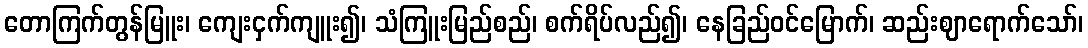
တောကြက်တွန်မြူး၊ ကျေးငှက်ကျူး၍၊ သံကြူးမြည်စည်၊ စက်ရိပ်လည်၍၊ နေခြည်ဝင်မြောက်၊ ဆည်းဈာရောက်သော်၊